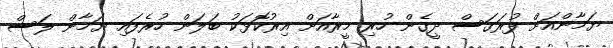
ޔަމާންއަށް ފުރަގަސް ދީގެން ހުރި މީރާއަށް އިރުކޮޅަކު ބަލަން ހުރެފައި ޔަމާން ލަސް